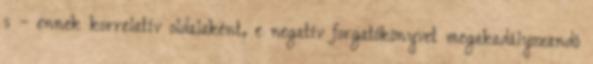
s – ennek korrelatív oldalaként, e negatív forgatókönyvet megakadályozandó